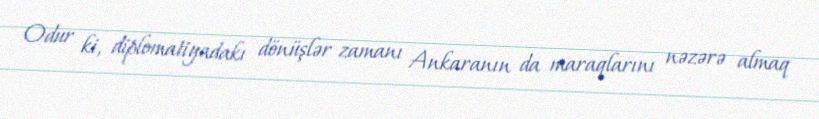
Odur ki, diplomatiyadakı dönüşlər zamanı Ankaranın da maraqlarını nəzərə almaq